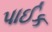
પાઈક